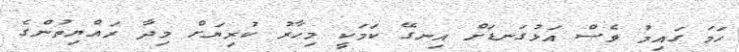
ހަމަ ގައިމު ވެސް އަޅުގަނޑަށް އިނގޭ ކަމަކީ މިހާރު ކުރިޔަށް މިދާ ރައްޔިތުންގެ